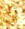
أت